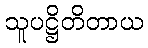
သူပဋ္ဌိတိတာယ